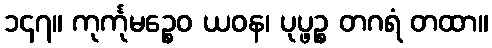
၁၄၇။ ကုင်္ကုမဉ္စေဝ ယဝန၊ ပုပ္ဖဉ္စ တဂရံ တထာ။